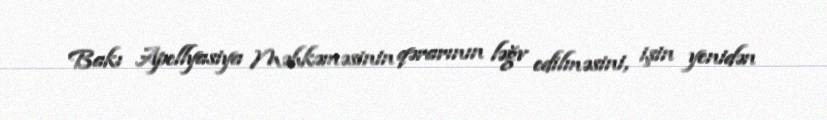
Bakı Apellyasiya Məhkəməsinin qərarının ləğv edilməsini, işin yenidən